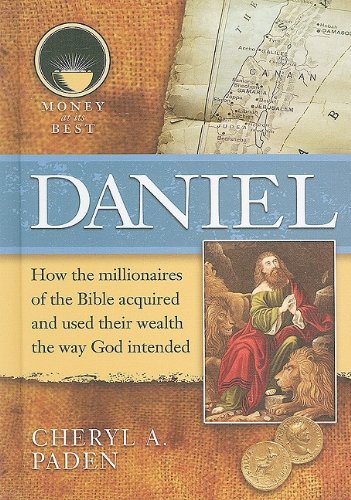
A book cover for Daniel (Money at Its Best: Millionaires of the Bible); Cheryl A. Paden; Teen & Young Adult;